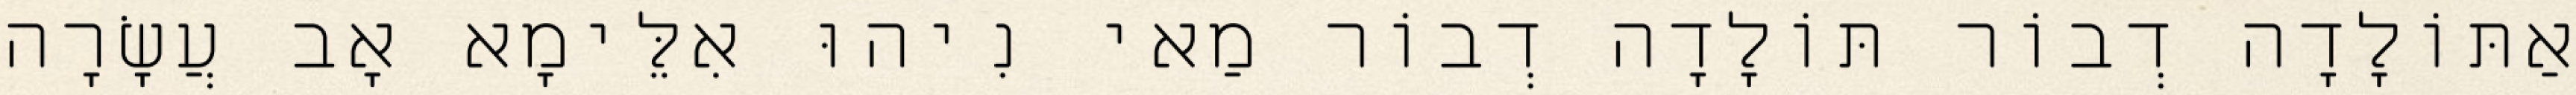
אַתּוֹלָדָה דְבוֹר תּוֹלָדָה דְבוֹר מַאי נִיהוּ אִלֵּימָא אָב עֲשָׂרָה